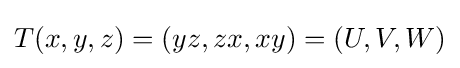
T(x,y,z)=(yz,zx,xy)=(U,V,W)